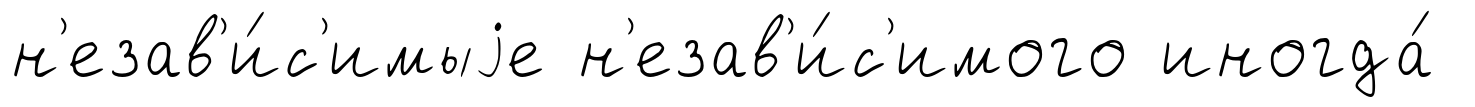
н'езав'и́с'имыjе н'езав'и́с'имого иногда́